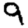
Digit: 9